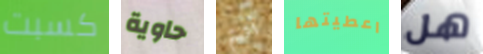
كسبت حاوية أتيتم اعطيتها هل